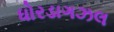
ધોરડાગઝલ